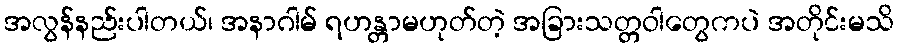
အလွန်နည်းပါတယ်၊ အနာဂါမ် ရဟန္တာမဟုတ်တဲ့ အခြားသတ္တဝါတွေကပဲ အတိုင်းမသိ